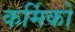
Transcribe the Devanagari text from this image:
कर्मिको